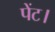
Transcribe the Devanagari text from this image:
पेंट।